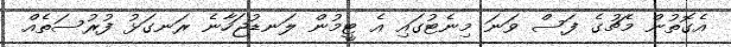
އެގޮތުން މެޗުގެ ފަސް ވަނަ މިނެޓުގައި އެ ޓީމުން ލަނޑުޖަހާނެ ރަނގަޅު ފުރުސަތެއް